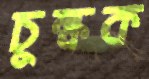
চুল্‌কক